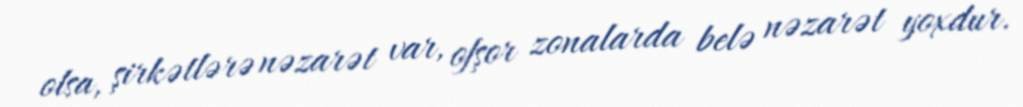
olsa, şirkətlərə nəzarət var, ofşor zonalarda belə nəzarət yoxdur.